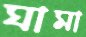
ঘামা